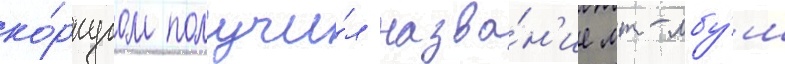
ко́рпусом получи́л назва́н'ие мт-лбу́ш